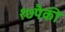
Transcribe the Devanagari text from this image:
१७पैकी